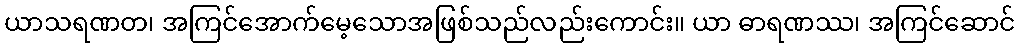
ယာသရဏတ၊ အကြင်အောက်မေ့သောအဖြစ်သည်လည်းကောင်း။ ယာ ဓာရဏဿ၊ အကြင်ဆောင်